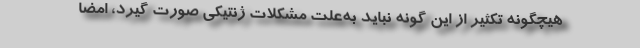
هیچگونه تکثیر از این گونه نباید به‌علت مشکلات ژنتیکی صورت گیرد، امضا